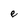
Character: e